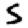
Digit: 5